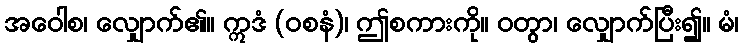
အဝေါစ၊ လျှောက်၏။ ဣဒံ (ဝစနံ)၊ ဤစကားကို။ ဝတွာ၊ လျှောက်ပြီး၍။ မံ၊